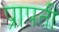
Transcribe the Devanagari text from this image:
प्रापती